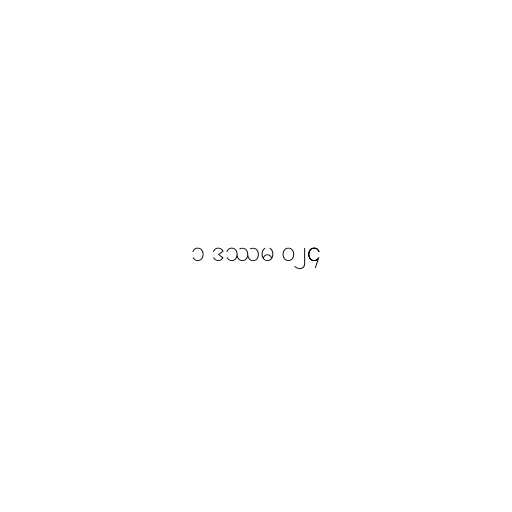
၁ ဒဿမ ၀၂၄